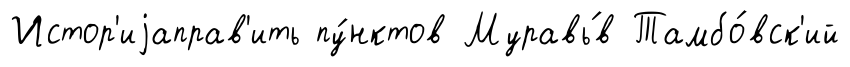
Истор'иjаправ'ить пу́нктов Муравь́в Тамбо́вск'ий